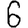
Digit: 6